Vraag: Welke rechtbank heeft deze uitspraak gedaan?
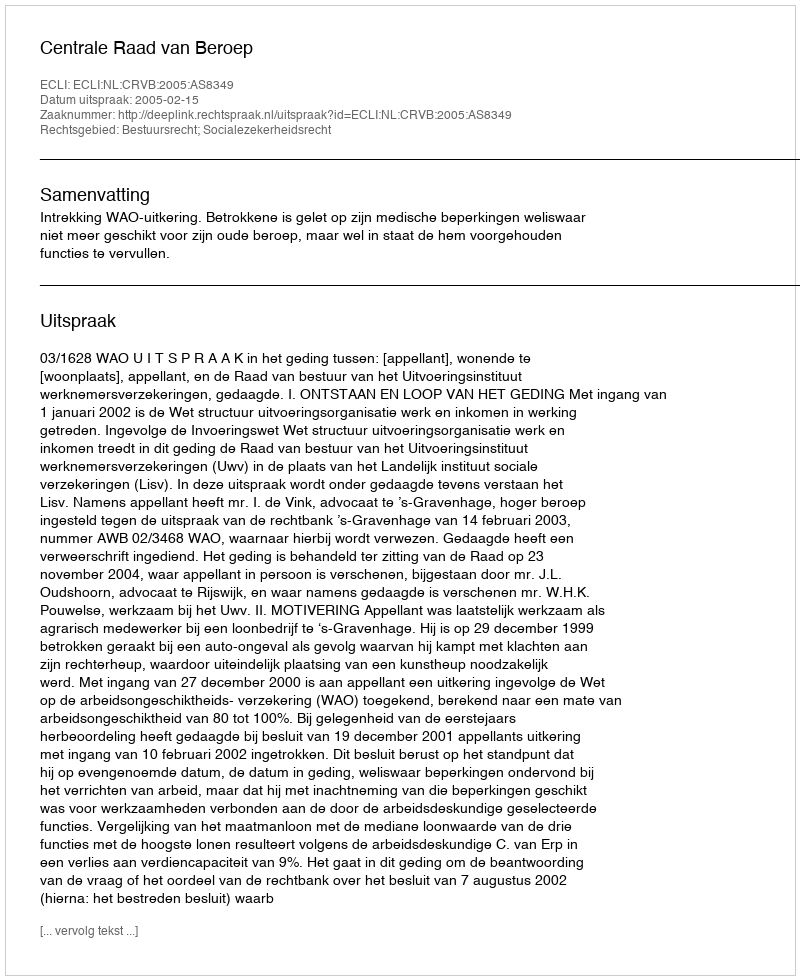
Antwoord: Centrale Raad van Beroep